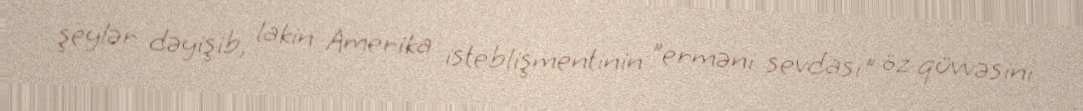
şeylər dəyişib, lakin Amerika isteblişmentinin ”erməni sevdası" öz qüvvəsini